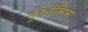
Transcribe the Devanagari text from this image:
मूरनेंसिस